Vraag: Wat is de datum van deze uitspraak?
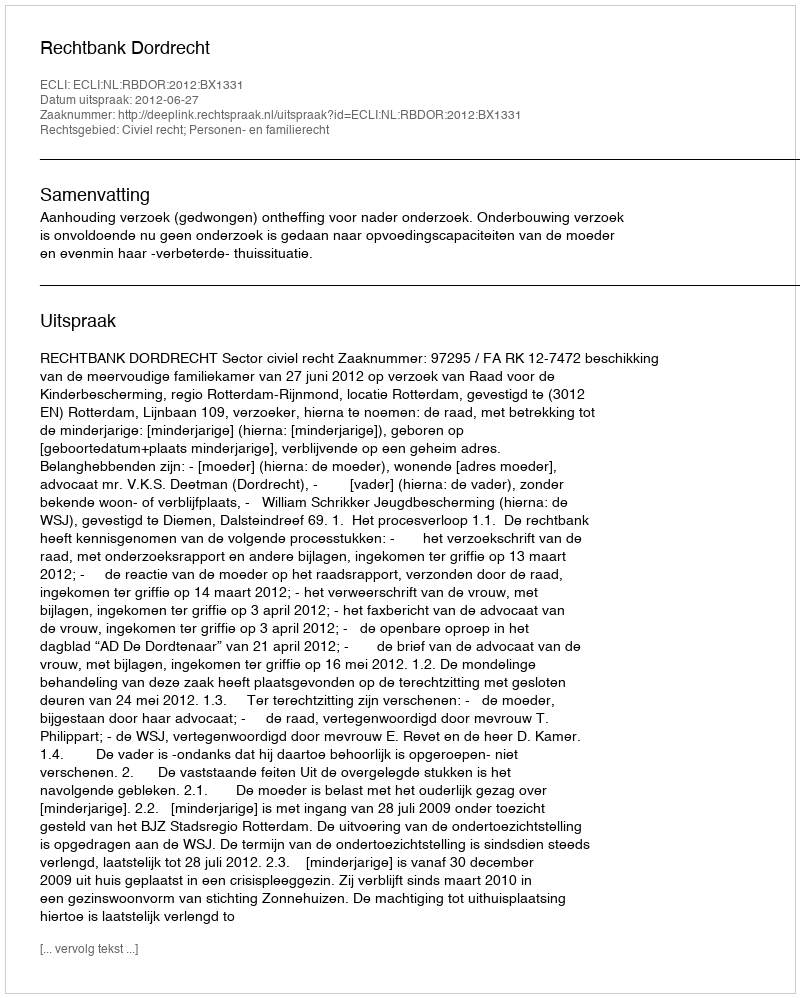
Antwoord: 2012-06-27